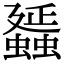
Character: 䗺